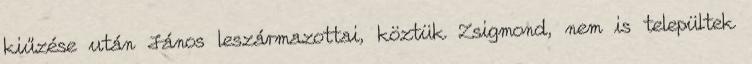
kiűzése után János leszármazottai, köztük Zsigmond, nem is települtek